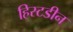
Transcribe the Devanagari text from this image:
हिस्टडीन